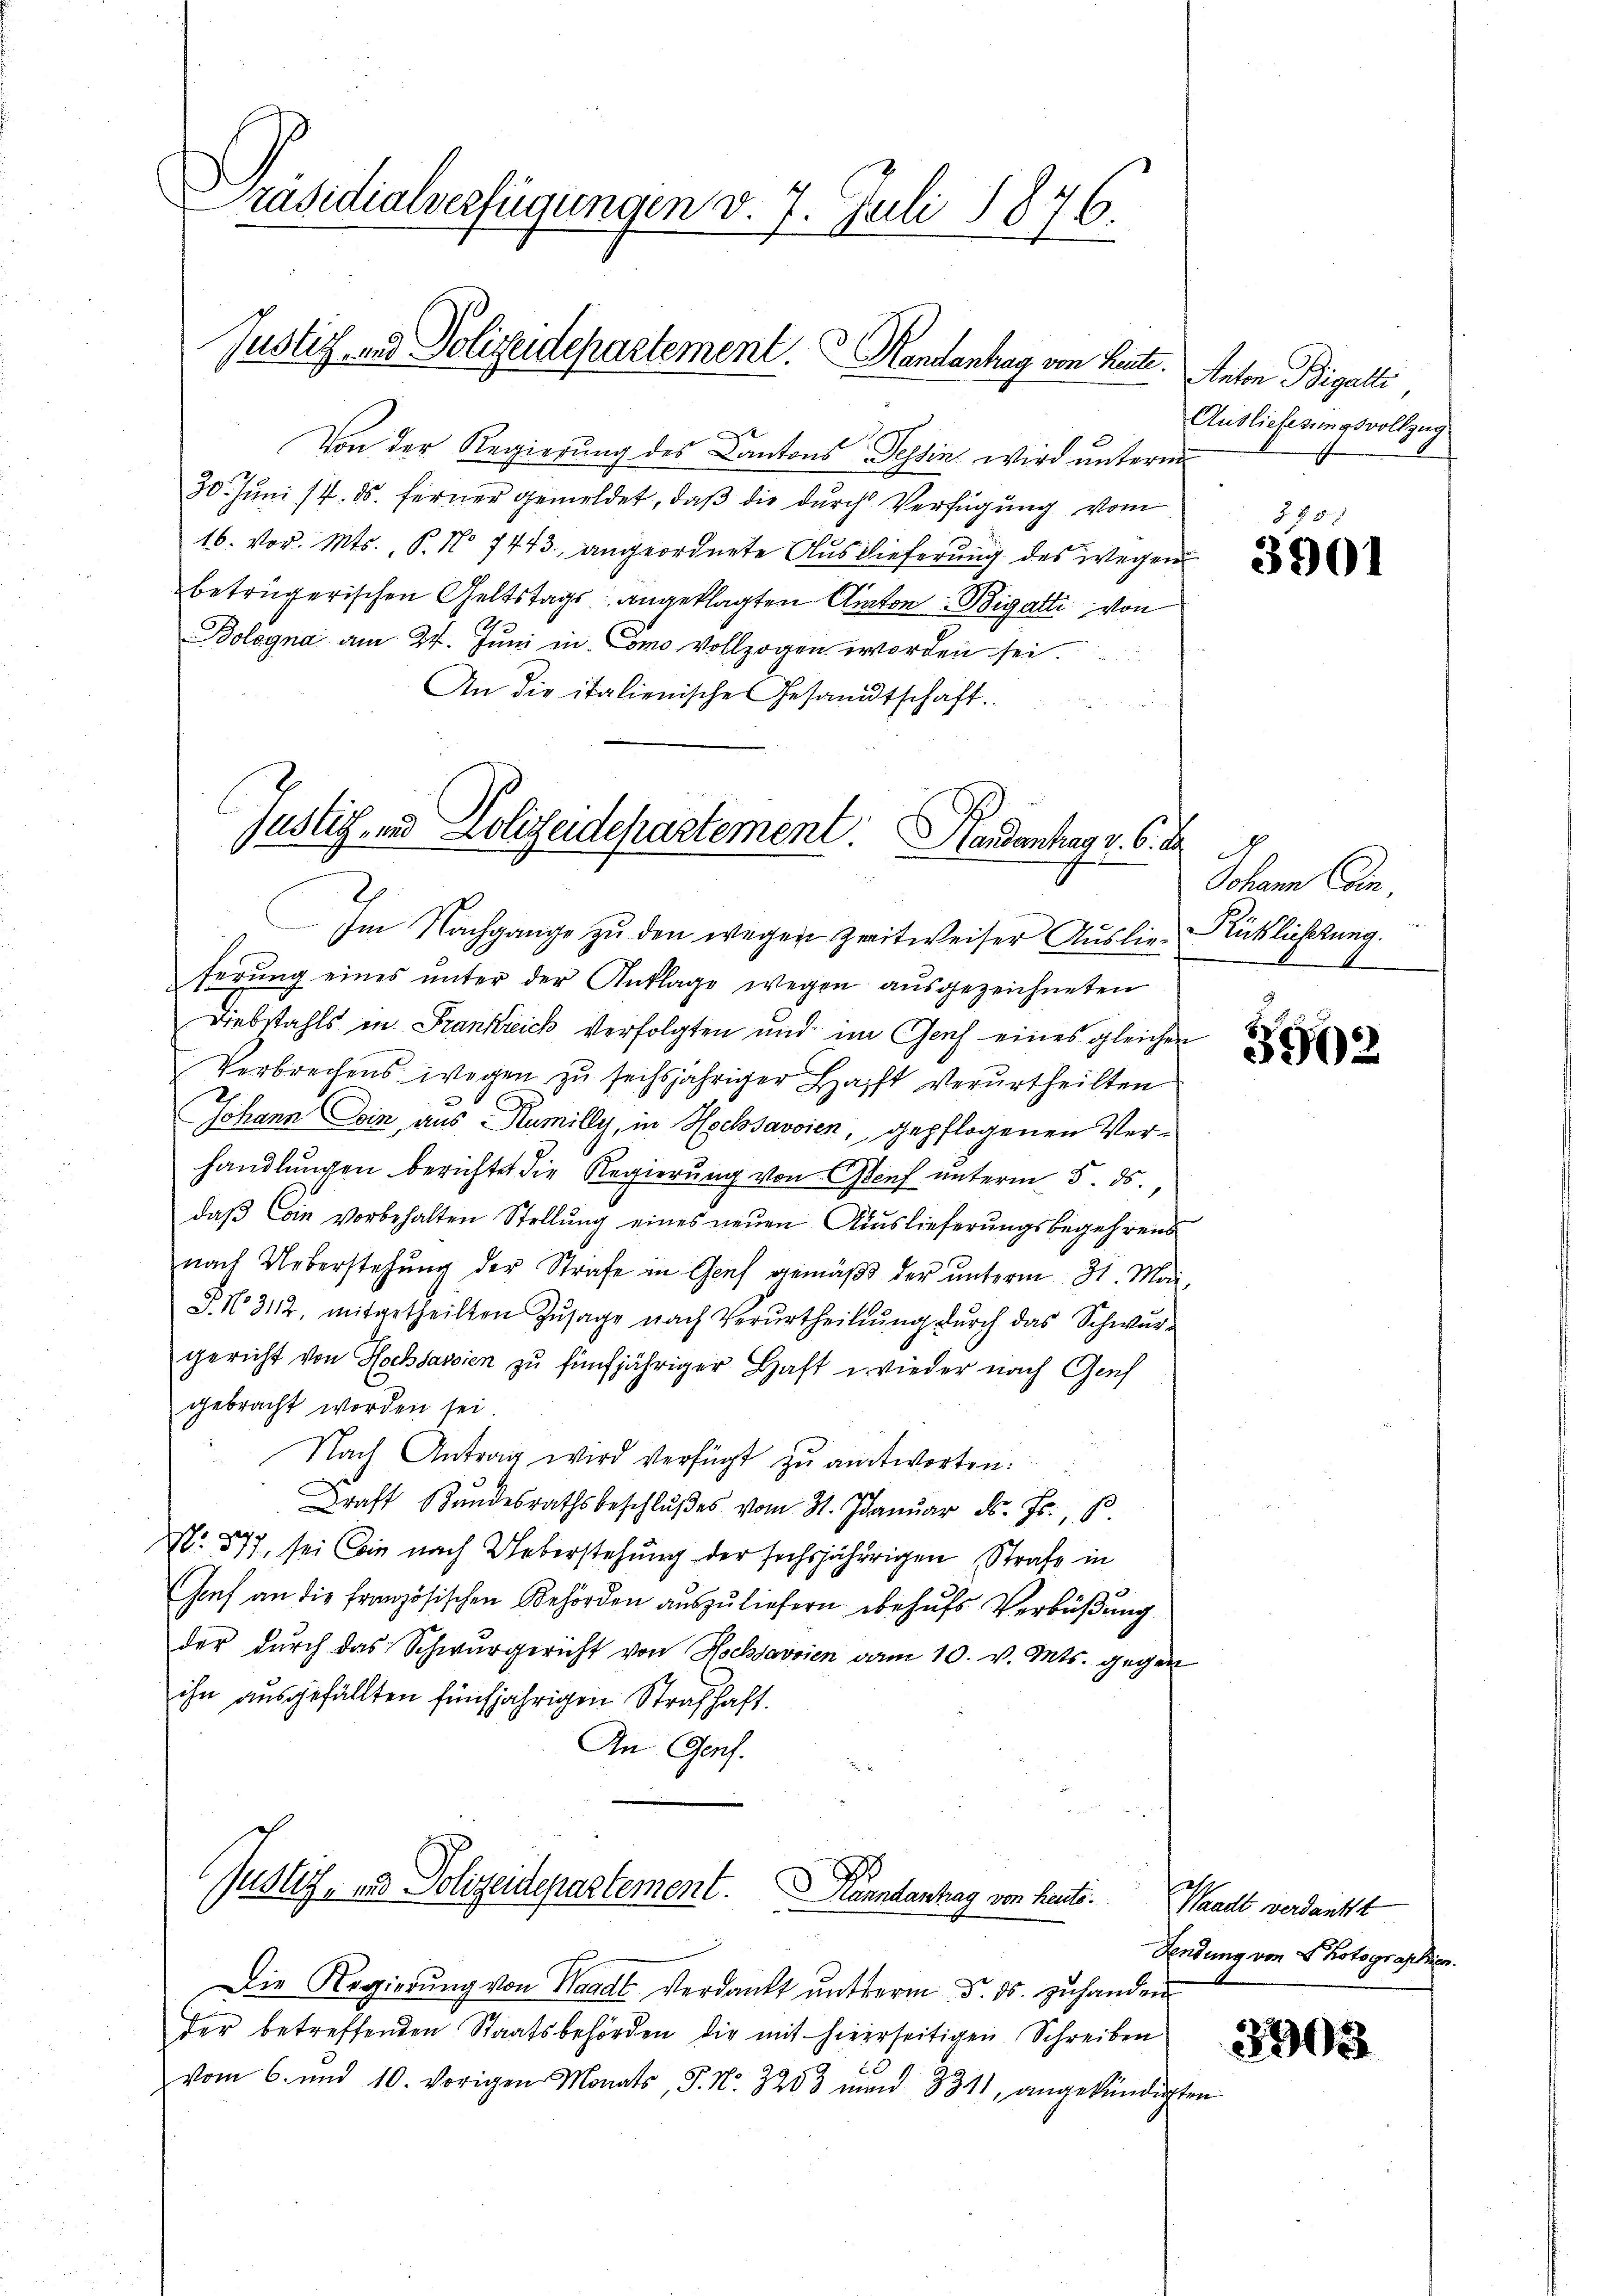
Präsidialverfügungen v. 7. Juli 1876.
Justiz- und Polizeidepartement. Handantrag von Leute. Anton Bigalli,

Von der Regierung des Kantons Tessin wird untermi
30. Juni 14. ds. ferner gemeldet, daß die durch Verfügung vom
16. vor. Mts., P. No 7443, angeordnete Ausdieferung des wegen
betrügerischen Geltstags angeklagten Anton Bigatti von
Bologna am 24. Juni in Como vollzogen worden sei.
An die italienische Gesandtschaft.

justiz- und Polizeidepartement: Handantag v. 6. d
l

Justiz- und Polizeidepartement. Hanndantag von heute.

Im Nachgange zu den wegen Zweitweiser Auslieferŭng eines ŭnter der Anklage wegen aŭsgezeichneten
Diebstahls in Frankreich verfolgten und im Genf eines gleichen
Verbrechens wegen zu sechsjähriger Haft verurtheilten
Johann Sein, aus Humilly, in Hochsavoien, gepflogenen Verhandlŭngen berichtet die Regierŭng von Genf ŭnterm 5. ds.
daβ Coin vorbehalten Stellŭng eines neŭen Auslieferŭngsbegehrens
nach Ueberstehung der Strafe in Genf gemäß der unterm 31. Mai,
S No 3112, mitgetheilten Zŭsage nach Verurtheilŭng dŭrch das Schwur-
gericht von Hochsassien zu fünfjähriger Haft wieder nach Genf
gebracht worden sei
Nach Antrag wird verfügt zu antworten.
Draft Bŭndesrathsbeschlŭβes vom St. Janŭar d. Js., 8.
No. 877, sei bin nach Ueberstehung der sechsjährigen Strafe in
Genf an die französischen Behörden auszuliefern behufs Verbüßung.
der durch das Schwurgericht von Hochsavoien vom 10. v. Mts. gegen
ihn ausgefällten fünfjährigen Strafhaft.
An Genf.

Die Regierŭng von Waadt verdankt ŭnterm 5. ds. zuhanden
der betreffenden Staatsbehörden die mit hierseitigen Schreiben
vom 6. und 10. vorigen Monats, P. Nr. 3203 und 8311, angekündig

Auslieferungsvollzug

3901

Johann Can
Rütlichtung.

3902

Waadt verdankt
Sendung von Photographen